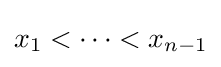
x_{1}<\cdots <x_{n-1}